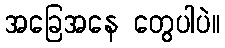
အခြေအနေ တွေပါပဲ။